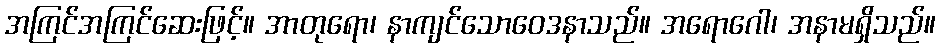
အကြင်အကြင်ဆေးဖြင့်။ အာတုရော၊ နာကျင်သောဝေဒနာသည်။ အရောဂေါ၊ အနာမရှိသည်။